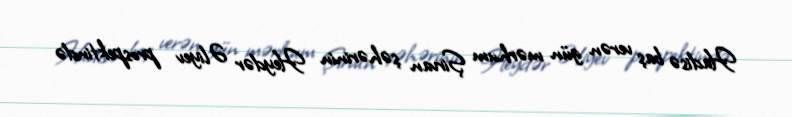
Hadisə baş verən gün mərhum Şirvan şəhərinin Heydər Əliyev prospektində